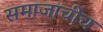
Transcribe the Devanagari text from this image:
समाजाचीच